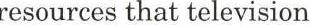
resources that television